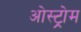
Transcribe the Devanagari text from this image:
ओस्ट्रोम